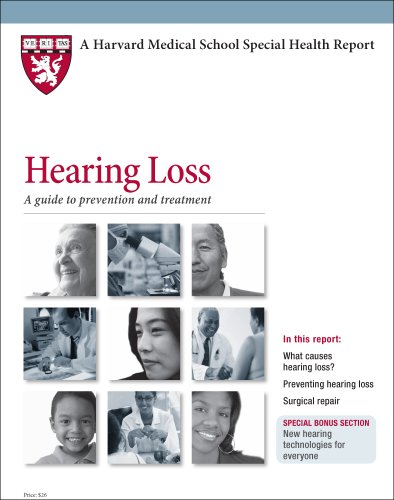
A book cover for Harvard Medical School Hearing Loss: A guide to prevention and treatment; David Murray Vernick M.D.; Health, Fitness & Dieting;